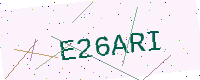
Text: E26ARI